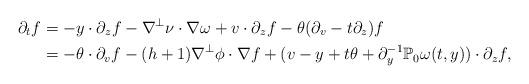
LaTeX: \begin{align*}\partial_tf&=-y\cdot \partial_zf-\nabla^{\perp}\nu\cdot\nabla\omega+v\cdot\partial_zf-\theta(\partial_v-t\partial_z)f\\&=-\theta\cdot\partial_vf-(h+1)\nabla^{\perp}\phi\cdot\nabla f+(v-y+t\theta+\partial_y^{-1}\mathbb{P}_0\omega(t,y))\cdot \partial_zf,\end{align*}